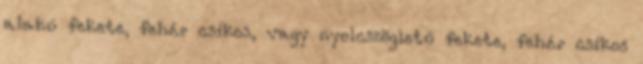
alakú fekete, fehér csíkos, vagy nyolcszögletű fekete, fehér csíkos